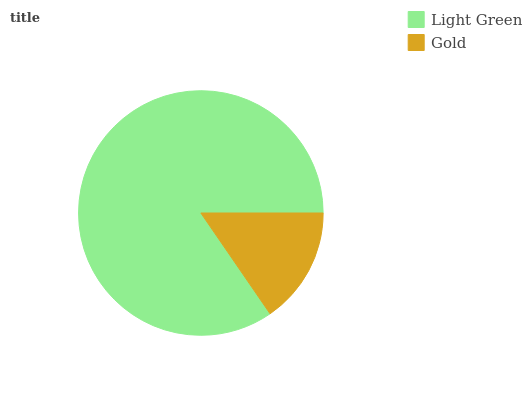
| Light Green | Gold |
 | --- | --- |
 | 84.6% | 15.4% |